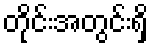
တိုင်းအတွင်းရှိ